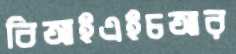
বিআইএইচআর